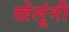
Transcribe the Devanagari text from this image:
खेलूंगी